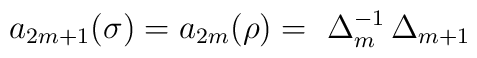
a_{2m+1}(\sigma)=a_{2m}(\rho)=\ \Delta_m^{-1} \, \Delta_{m+1}